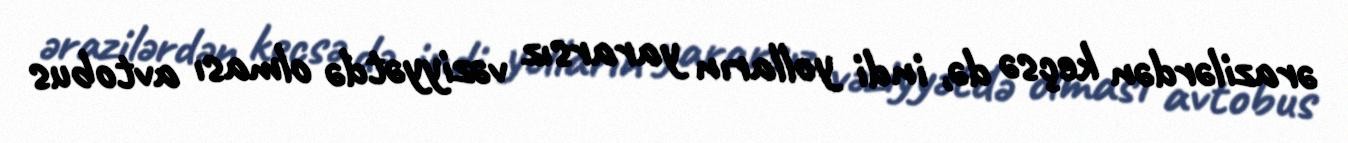
ərazilərdən keçsə də, indi yolların yararsız vəziyyətdə olması avtobus